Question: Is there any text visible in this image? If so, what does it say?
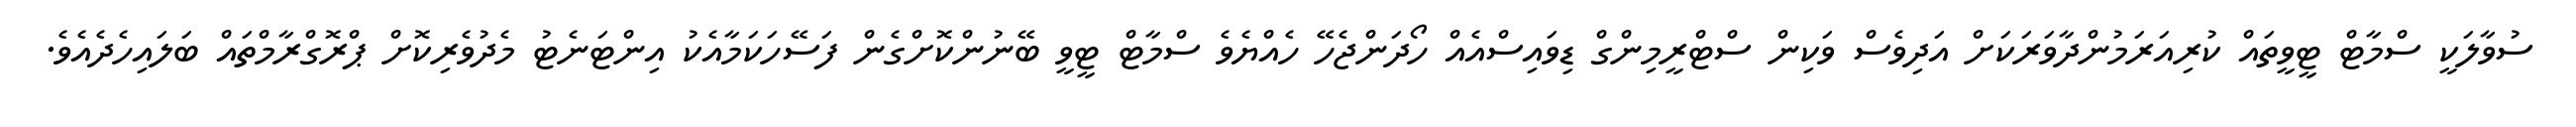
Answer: ސުވާލަކީ ސްމާޓް ޓީވީތައް ކުރިއަރަމުންދާވަރަކަށް އަދިވެސް ވަކިން ސްޓްރީމިންގް ޑިވައިސްއެއް ހޯދަންޖެހޭ ހެއްޔެވެ ސްމާޓް ޓީވީ ބޭނުންކޮށްގެން ފަސޭހަކަމާއެކު އިންޓަނެޓު މެދުވެރިކޮށް ޕްރޮގްރާމްތައް ބަލައިހެދެއެވެ.